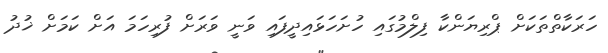
ހަރަކާތްތަކަށް ޕްރިޔަންކާ ފިލްމުގައި ހުށަހަޅައިދީފައި ވަނީ ވަރަށް ފުރިހަމަ އަށް ކަމަށް ޚުދު